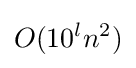
O(10^{l}n^{2})